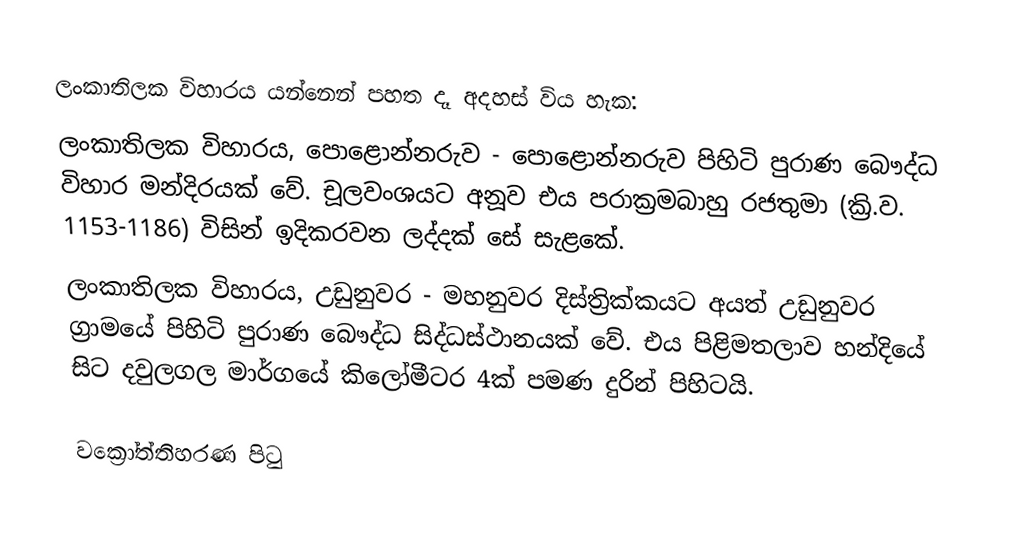
ලංකාතිලක විහාරය යන්නෙන් පහත දෑ අදහස් විය හැක:
 ලංකාතිලක විහාරය, පොළොන්නරුව - පොළොන්නරුව පිහිටි පුරාණ බෞද්ධ විහාර මන්දිරයක් වේ. චූලවංශයට අනූව එය පරාක්‍රමබාහු රජතුමා (ක්‍රි.ව. 1153-1186) විසින් ඉදිකරවන ලද්දක් සේ සැළකේ.
 ලංකාතිලක විහාරය, උඩුනුවර - මහනුවර දිස්ත්‍රික්කයට අයත් උඩුනුවර ග්‍රාමයේ පිහිටි පුරාණ බෞද්ධ සිද්ධස්ථානයක් වේ. එය පිළිමතලාව හන්දියේ සිට දවුලගල මාර්ගයේ කිලෝමීටර 4ක් පමණ දුරින් පිහිටයි.

වක්‍රෝත්තිහරණ පිටු